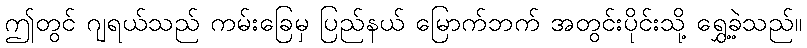
ဤတွင် ဂျရယ်သည် ကမ်းခြေမှ ပြည်နယ် မြောက်ဘက် အတွင်းပိုင်းသို့ ရွှေ့ခဲ့သည်။